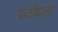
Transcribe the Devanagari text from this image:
फर्शवाला